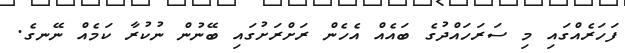
ފަހަރެއްގައި މި ސަރަހައްދުގެ ބައެއް އެހެން ރަށްރަށުގައި ބޭނުން ނުކުރާ ކަމެއް ނޭނގެ.